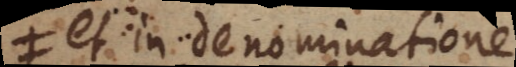
et in denominatione